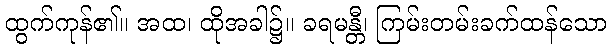
ထွက်ကုန်၏။ အထ၊ ထိုအခါ၌။ ခရမန္တီ၊ ကြမ်းတမ်းခက်ထန်သော